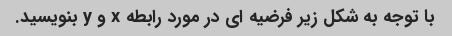
با توجه به شکل زیر فرضیه ای در مورد رابطه x و y بنویسید.